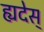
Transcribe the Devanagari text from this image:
ह्यदेस्